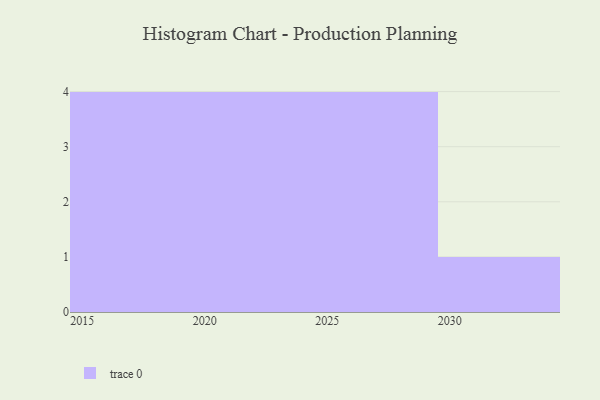
{"axis": {"x": "Year", "y": "Active Users"}, "legend": [""], "data": [{"x": "2028", "y": 3, "type": ""}, {"x": "2026", "y": 82, "type": ""}, {"x": "2019", "y": 42, "type": ""}, {"x": "2025", "y": 93, "type": ""}, {"x": "2030", "y": 22, "type": ""}, {"x": "2015", "y": 54, "type": ""}, {"x": "2021", "y": 8, "type": ""}, {"x": "2016", "y": 22, "type": ""}, {"x": "2029", "y": 46, "type": ""}, {"x": "2018", "y": 11, "type": ""}, {"x": "2022", "y": 51, "type": ""}, {"x": "2023", "y": 82, "type": ""}, {"x": "2024", "y": 52, "type": ""}]}